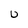
Character: u